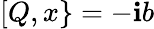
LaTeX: [Q,x\} =-\mathbf{i}b